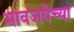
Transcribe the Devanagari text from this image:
भावजयेच्या